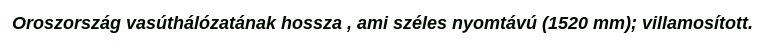
Oroszország vasúthálózatának hossza , ami széles nyomtávú (1520 mm); villamosított.